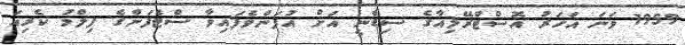
1959 ވަނަ އަހަރު އޮސްޓްރޭލިއާގެ ސިޑްނީ އަށް އުފަންވެފައިވާ ސްޓެފަންގެ ފިލްމު ކެރިއަ